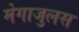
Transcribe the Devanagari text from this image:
मेगाजुलस